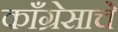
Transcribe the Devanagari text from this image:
काँग्रेसाचे